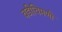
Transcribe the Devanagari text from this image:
वडीचिमणी